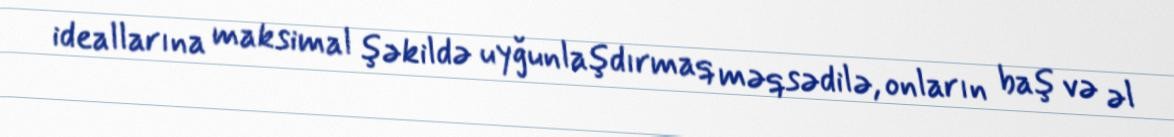
ideallarına maksimal şəkildə uyğunlaşdırmaq məqsədilə, onların baş və əl